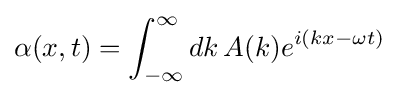
\alpha (x,t)=\int _{-\infty }^{\infty }dk\,A(k)e^{i(kx-\omega t)}